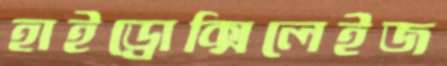
হাইড্রোক্সিলেইজ